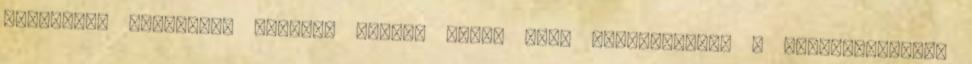
várhatóan augusztus második feléig lehet majd jelentkezni. A pótfelvételire